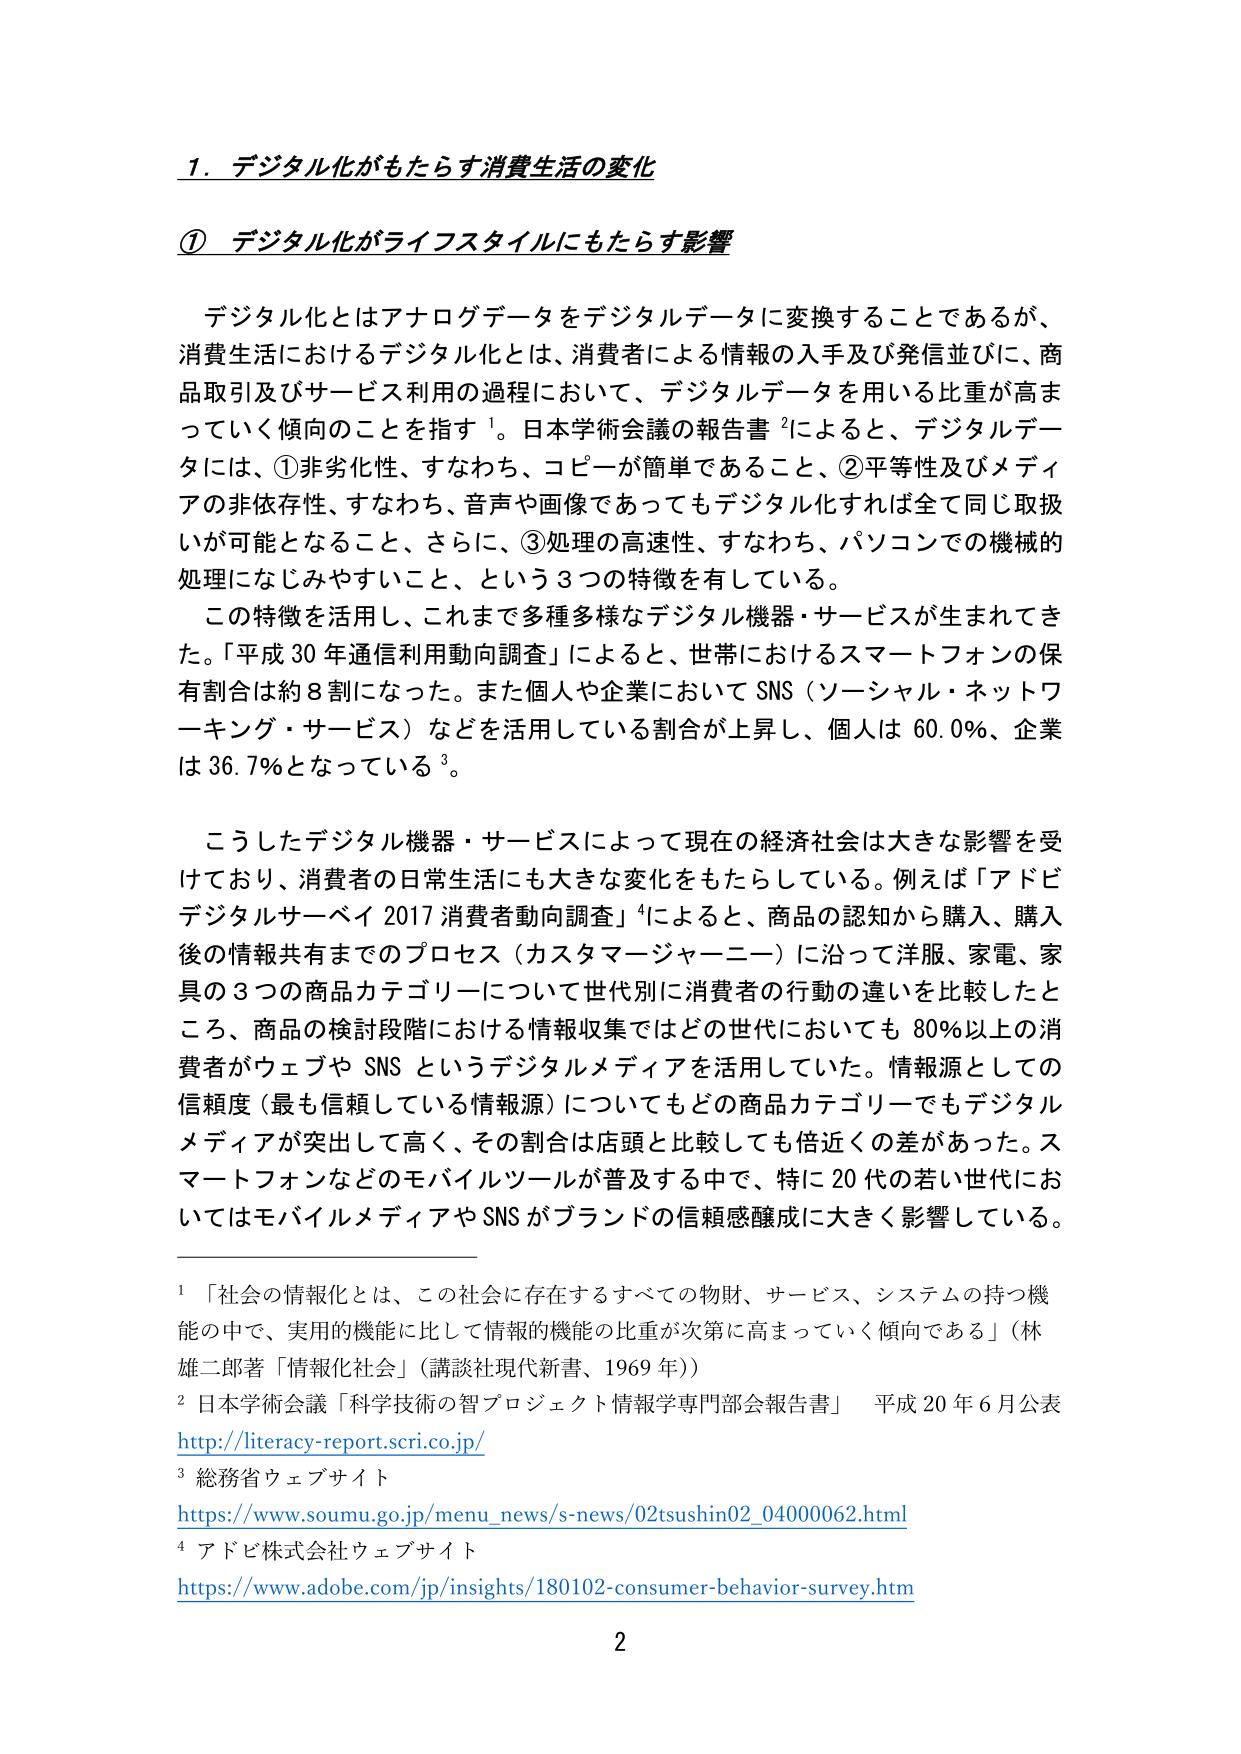
1. デジタル化がもたらす消費生活の変化

① デジタル化がライフスタイルにもたらす影響

デジタル化とはアナログデータをデジタルデータに変換することであるが、消費生活におけるデジタル化とは、消費者による情報の入手及び発信並びに、商品取引及びサービス利用の過程において、デジタルデータを用いる比重が高まっていく傾向のことを指す¹。日本学術会議の報告書²によると、デジタルデータには、①非劣化性、すなわち、コピーが簡単であること、②平等性及びメディアの非依存性、すなわち、音声や画像であってもデジタル化すれば全て同じ取扱いが可能となること、さらに、③処理の高速性、すなわち、パソコンでの機械的処理になじみやすいこと、という3つの特徴を有している。

この特徴を活用し、これまで多種多様なデジタル機器・サービスが生まれてきた。「平成30年通信利用動向調査」によると、世帯におけるスマートフォンの保有割合は約8割になった。また個人や企業においてSNS（ソーシャル・ネットワーキング・サービス）などを活用している割合が上昇し、個人は60.0％、企業は36.7％となっている³。

こうしたデジタル機器・サービスによって現在の経済社会は大きな影響を受けており、消費者の日常生活にも大きな変化をもたらしている。例えば「アドビデジタルサーベイ2017消費者動向調査」⁴によると、商品の認知から購入、購入後の情報共有までのプロセス（カスタマージャーニー）に沿って洋服、家電、家具の3つの商品カテゴリーについて世代別に消費者の行動の違いを比較したところ、商品の検討段階における情報収集ではどの世代においても80％以上の消費者がウェブやSNSというデジタルメディアを活用していた。情報源としての信頼度（最も信頼している情報源）についてもどの商品カテゴリーでもデジタルメディアが突出して高く、その割合は店頭と比較しても倍近くの差があった。スマートフォンなどのモバイルツールが普及する中で、特に20代の若い世代においてはモバイルメディアやSNSがブランドの信頼感醸成に大きく影響している。

¹ 「社会の情報化とは、この社会に存在するすべての物財、サービス、システムの持つ機能の中で、実用的機能に比して情報的機能の比重が次第に高まっていく傾向である」（林雄二郎著「情報化社会」（講談社現代新書、1969年））

² 日本学術会議「科学技術の智プロジェクト情報学専門部会報告書」 平成20年6月公表
http://literacy-report.scri.co.jp/

³ 総務省ウェブサイト
https://www.soumu.go.jp/menu_news/s-news/02tsushin02_04000062.html

⁴ アドビ株式会社ウェブサイト
https://www.adobe.com/jp/insights/180102-consumer-behavior-survey.htm

2